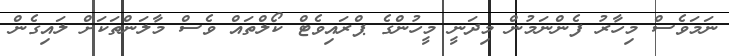
ނަމަވެސް މިހާރު ފެންނަމުން މިދަނީ މީހުންގެ ޕްރައިވެޓް ކޯލްތައް ވެސް މާލަންތަކަށް ލައިގެން